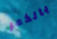
بالذعر